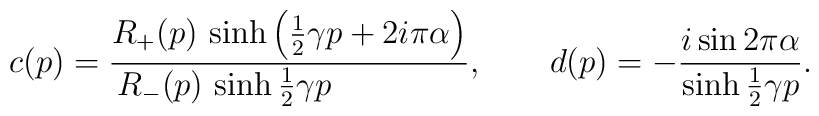
c(p)=\frac{R_+(p)\,\sinh\left(\frac{1}{2}\gamma p+2i\pi\alpha\right)}{R_- (p)\,\sinh\frac{1}{2}\gamma p~~~~~~~~~~~~},~~~~~~d(p)=-\frac{i\sin 2\pi\alpha}{\sinh\frac{1}{2}\gamma p}.